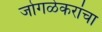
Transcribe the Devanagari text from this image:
जोगळेकरांचा